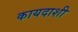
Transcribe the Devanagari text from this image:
कायदाशी